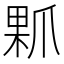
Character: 𤔖